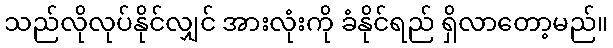
သည်လိုလုပ်နိုင်လျှင် အားလုံးကို ခံနိုင်ရည် ရှိလာတော့မည်။